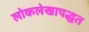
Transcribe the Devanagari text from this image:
लोकलेखापद्धत